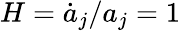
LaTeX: H=\dot{a}_{j}/a_{j}=1